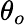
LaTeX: \theta_{o}